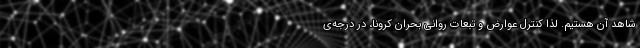
شاهد آن هستیم. لذا کنترل عوارض و تبعات روانی بحران کرونا، در درجه‌ی